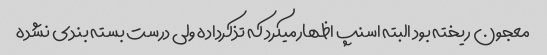
معجون ریخته بود البته اسنپ اظهارمیکرد که تذکرداده ولی درست بسته بندی نشده